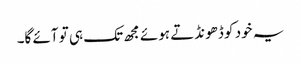
یہ خود کو ڈھونڈتے ہوئے مجھ تک ہی تو آئے گا۔